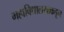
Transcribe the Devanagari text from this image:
महाविद्यालयाकडून